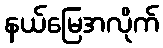
နယ်မြေအလိုက်